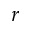
r